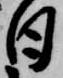
日